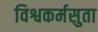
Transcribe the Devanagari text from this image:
विश्वकर्मसुता